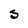
Character: S